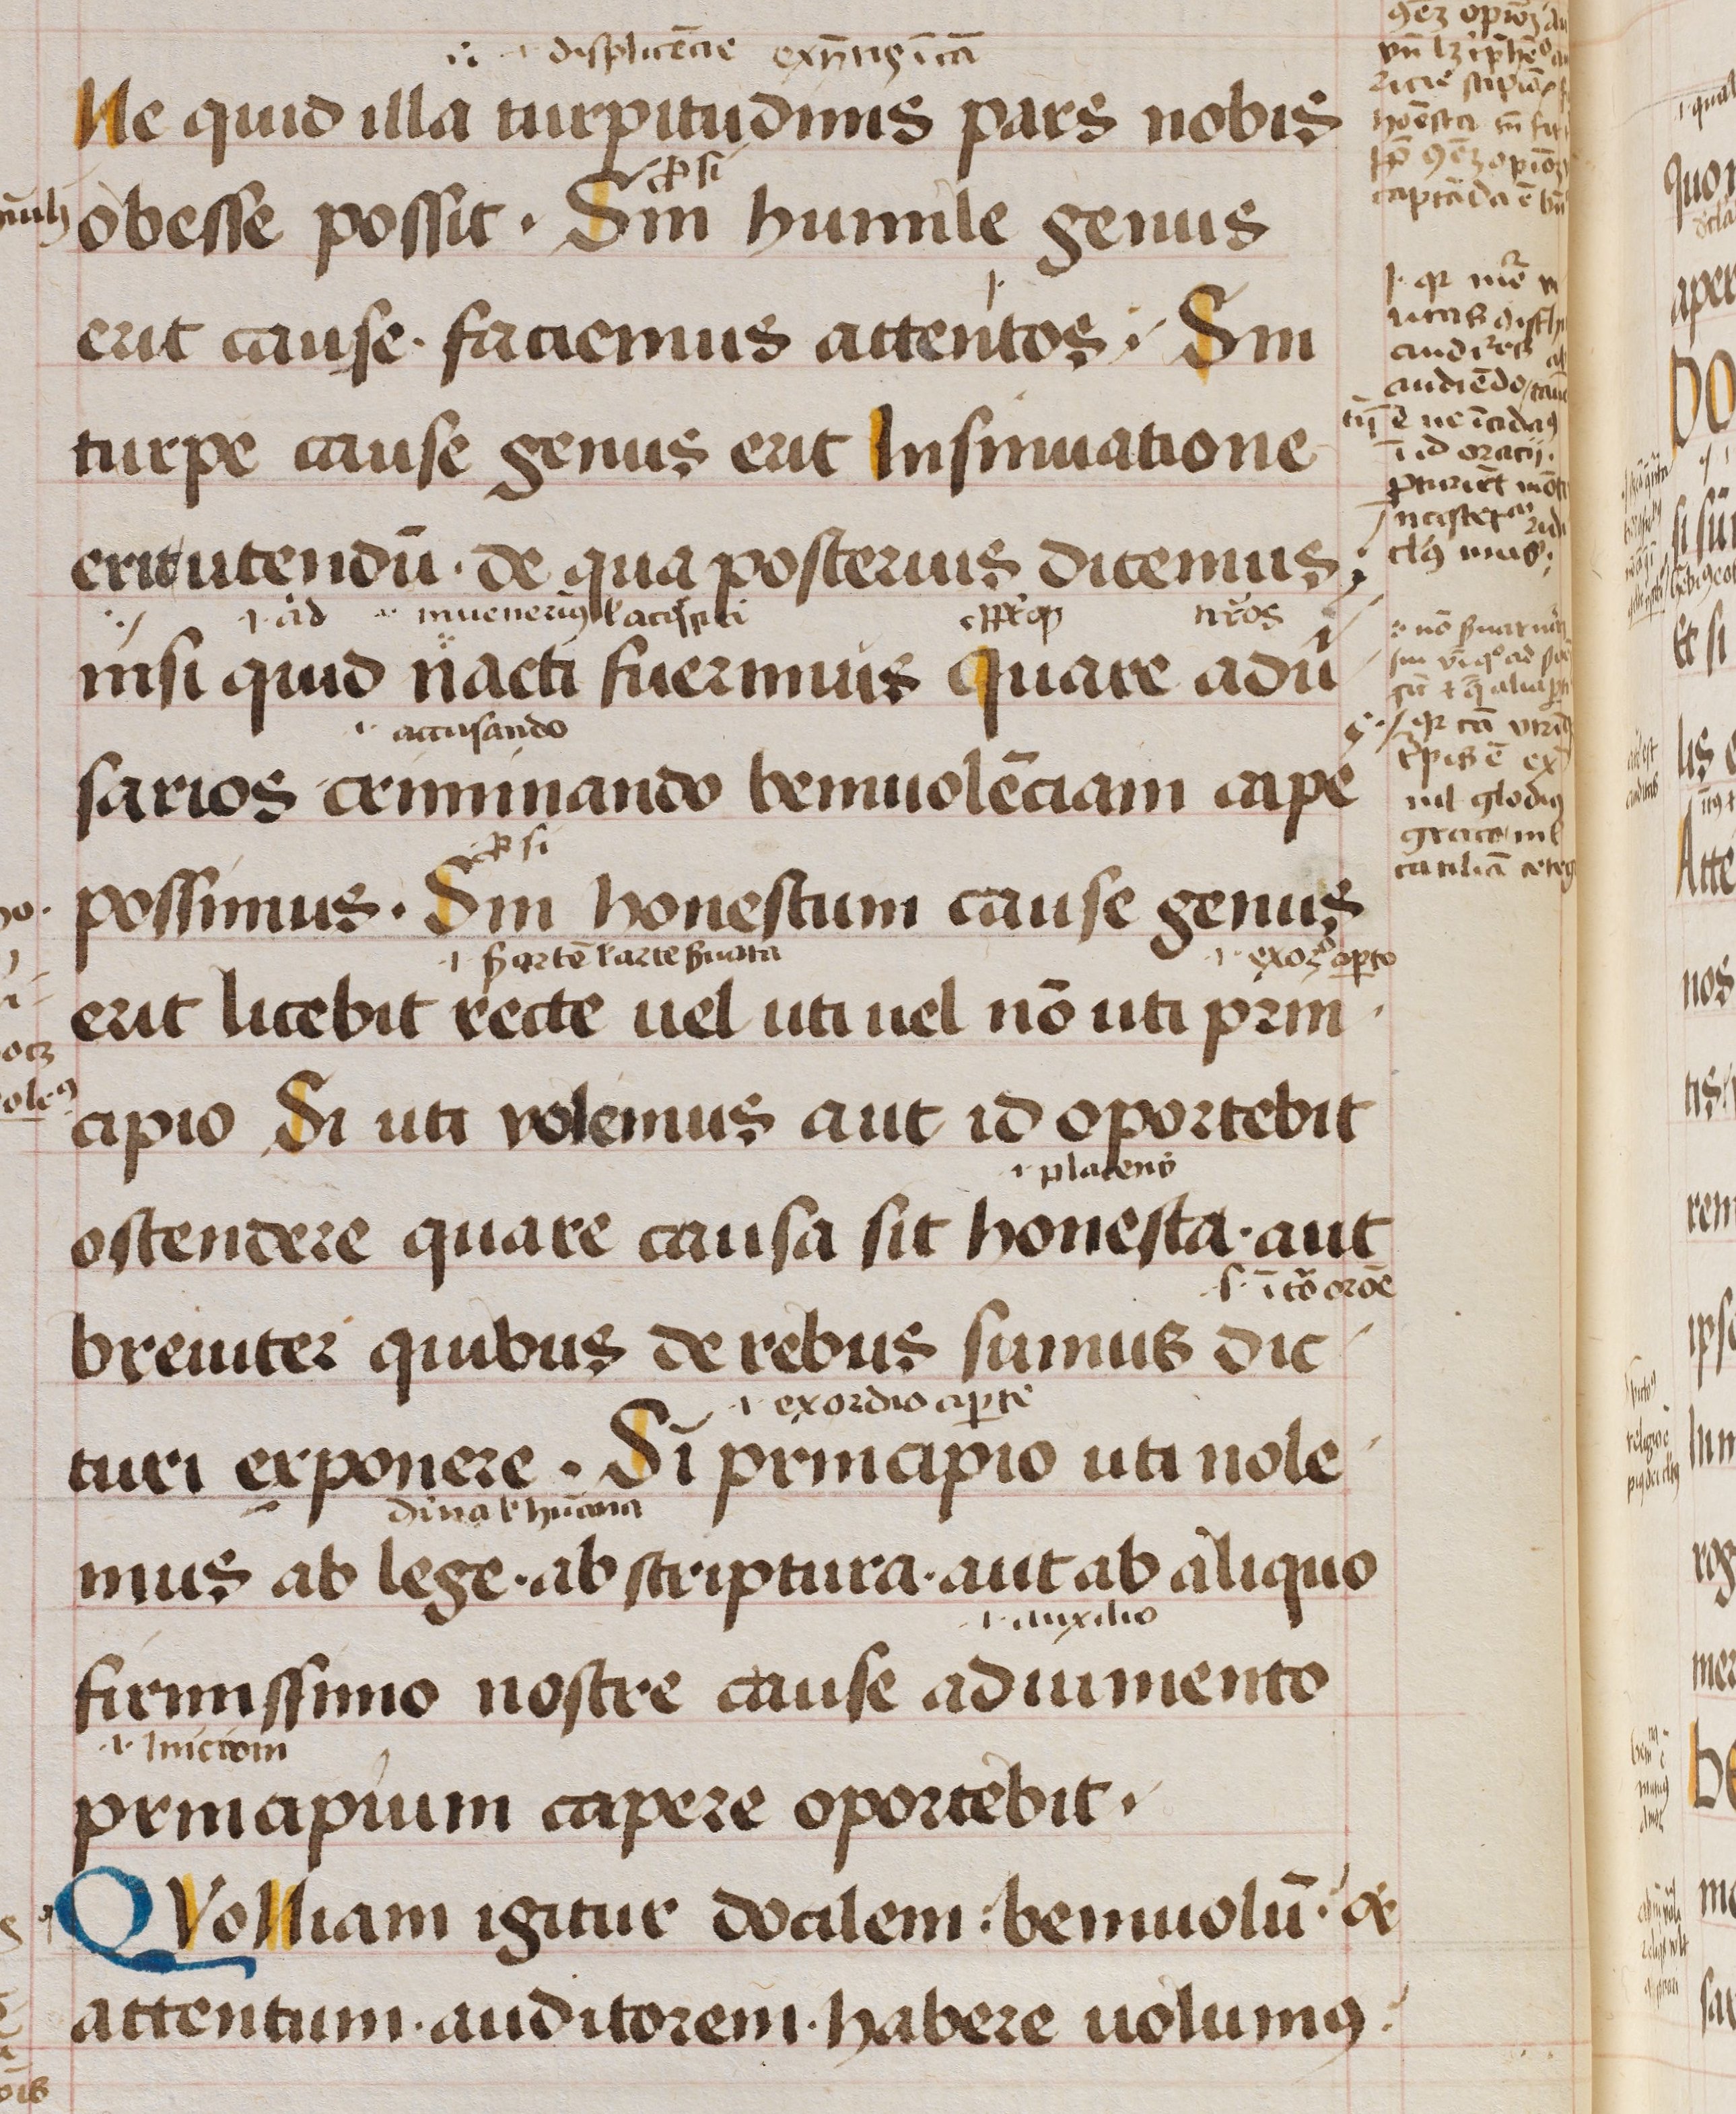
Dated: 1470–1470